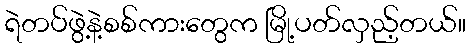
ရဲတပ်ဖွဲ့နဲ့စစ်ကားတွေက မြို့ပတ်လှည့်တယ်။